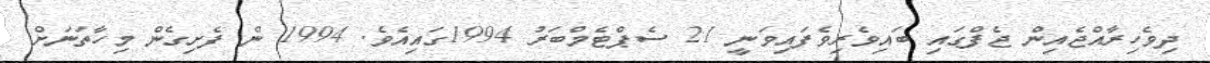
ދިވެހިރާއްޖެއިން ޖެފްގައި ބައިވެރިވެފައިވަނީ 21 ސެޕްޓެމްބަރު 1994ގައިއެވެ. 1994 ން ފެށިގެން މިހާތަނަށް